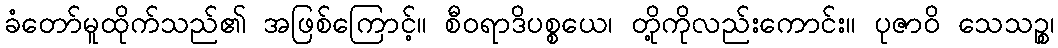
ခံတော်မူထိုက်သည်၏ အဖြစ်ကြောင့်။ စီဝရာဒိပစ္စယေ၊ တို့ကိုလည်းကောင်း။ ပုဇာဝိ သေသဉ္စ၊